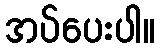
အပ်ပေးပါ။